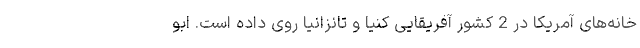
خانه‌های آمریکا در 2 کشور آفریقایی کنیا و تانزانیا روی داده است. ابو